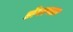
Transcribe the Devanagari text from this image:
डोंगरपठार